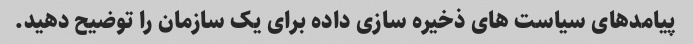
پیامدهای سیاست های ذخیره سازی داده برای یک سازمان را توضیح دهید.